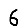
Digit: 6